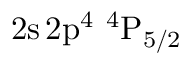
\mathrm { 2 s \, 2 p ^ { 4 } ~ ^ { 4 } P _ { 5 / 2 } }